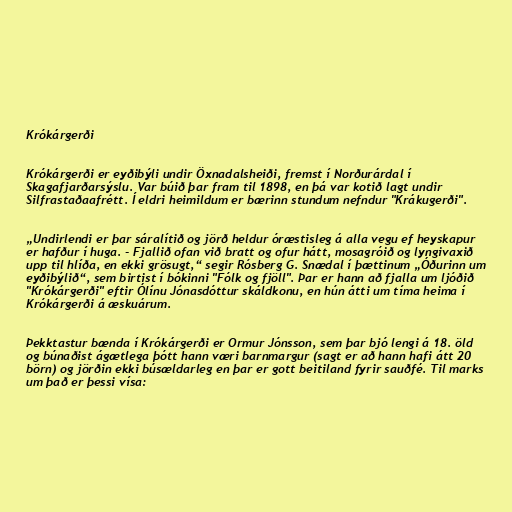
Krókárgerði

Krókárgerði er eyðibýli undir Öxnadalsheiði, fremst í Norðurárdal í
Skagafjarðarsýslu. Var búið þar fram til 1898, en þá var kotið lagt undir
Silfrastaðaafrétt. Í eldri heimildum er bærinn stundum nefndur "Krákugerði".

„Undirlendi er þar sáralítið og jörð heldur óræstisleg á alla vegu ef heyskapur
er hafður í huga. - Fjallið ofan við bratt og ofur hátt, mosagróið og lyngivaxið
upp til hlíða, en ekki grösugt,“ segir Rósberg G. Snædal í þættinum „Óðurinn um
eyðibýlið“, sem birtist í bókinni "Fólk og fjöll". Þar er hann að fjalla um ljóðið
"Krókárgerði" eftir Ólínu Jónasdóttur skáldkonu, en hún átti um tíma heima í
Krókárgerði á æskuárum.

Þekktastur bænda í Krókárgerði er Ormur Jónsson, sem þar bjó lengi á 18. öld
og búnaðist ágætlega þótt hann væri barnmargur (sagt er að hann hafi átt 20
börn) og jörðin ekki búsældarleg en þar er gott beitiland fyrir sauðfé. Til marks
um það er þessi vísa: